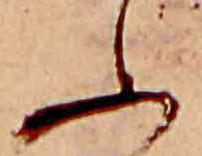
ふ